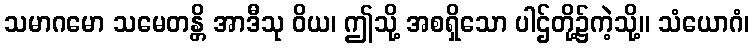
သမာဂမော သမေတန္တိ အာဒီသု ဝိယ၊ ဤသို့ အစရှိသော ပါဌ်တို့၌ကဲ့သို့။ သံယောဂံ၊